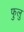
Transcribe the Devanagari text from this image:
फुलु